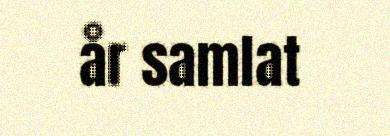
år samlat